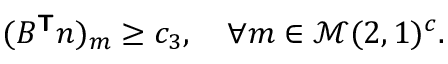
\begin{array} { r } { ( B ^ { \boldsymbol { \mathsf { T } } } \boldsymbol { n } ) _ { m } \ge c _ { 3 } , \quad \forall m \in \mathcal { M } ( 2 , 1 ) ^ { c } . } \end{array}